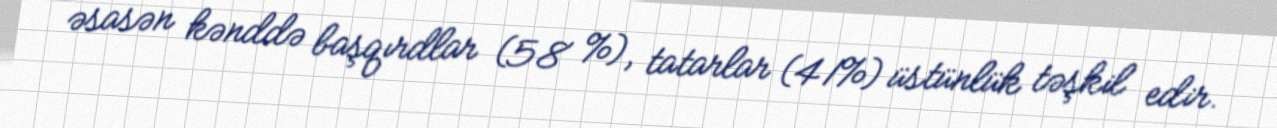
əsasən kənddə başqırdlar (58 %), tatarlar (41%) üstünlük təşkil edir.